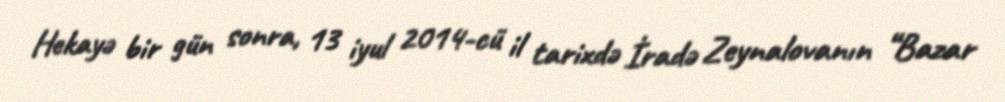
Hekayə bir gün sonra, 13 iyul 2014-cü il tarixdə İradə Zeynalovanın “Bazar